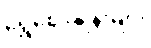
ရွှေဈေးနှုန်းများ